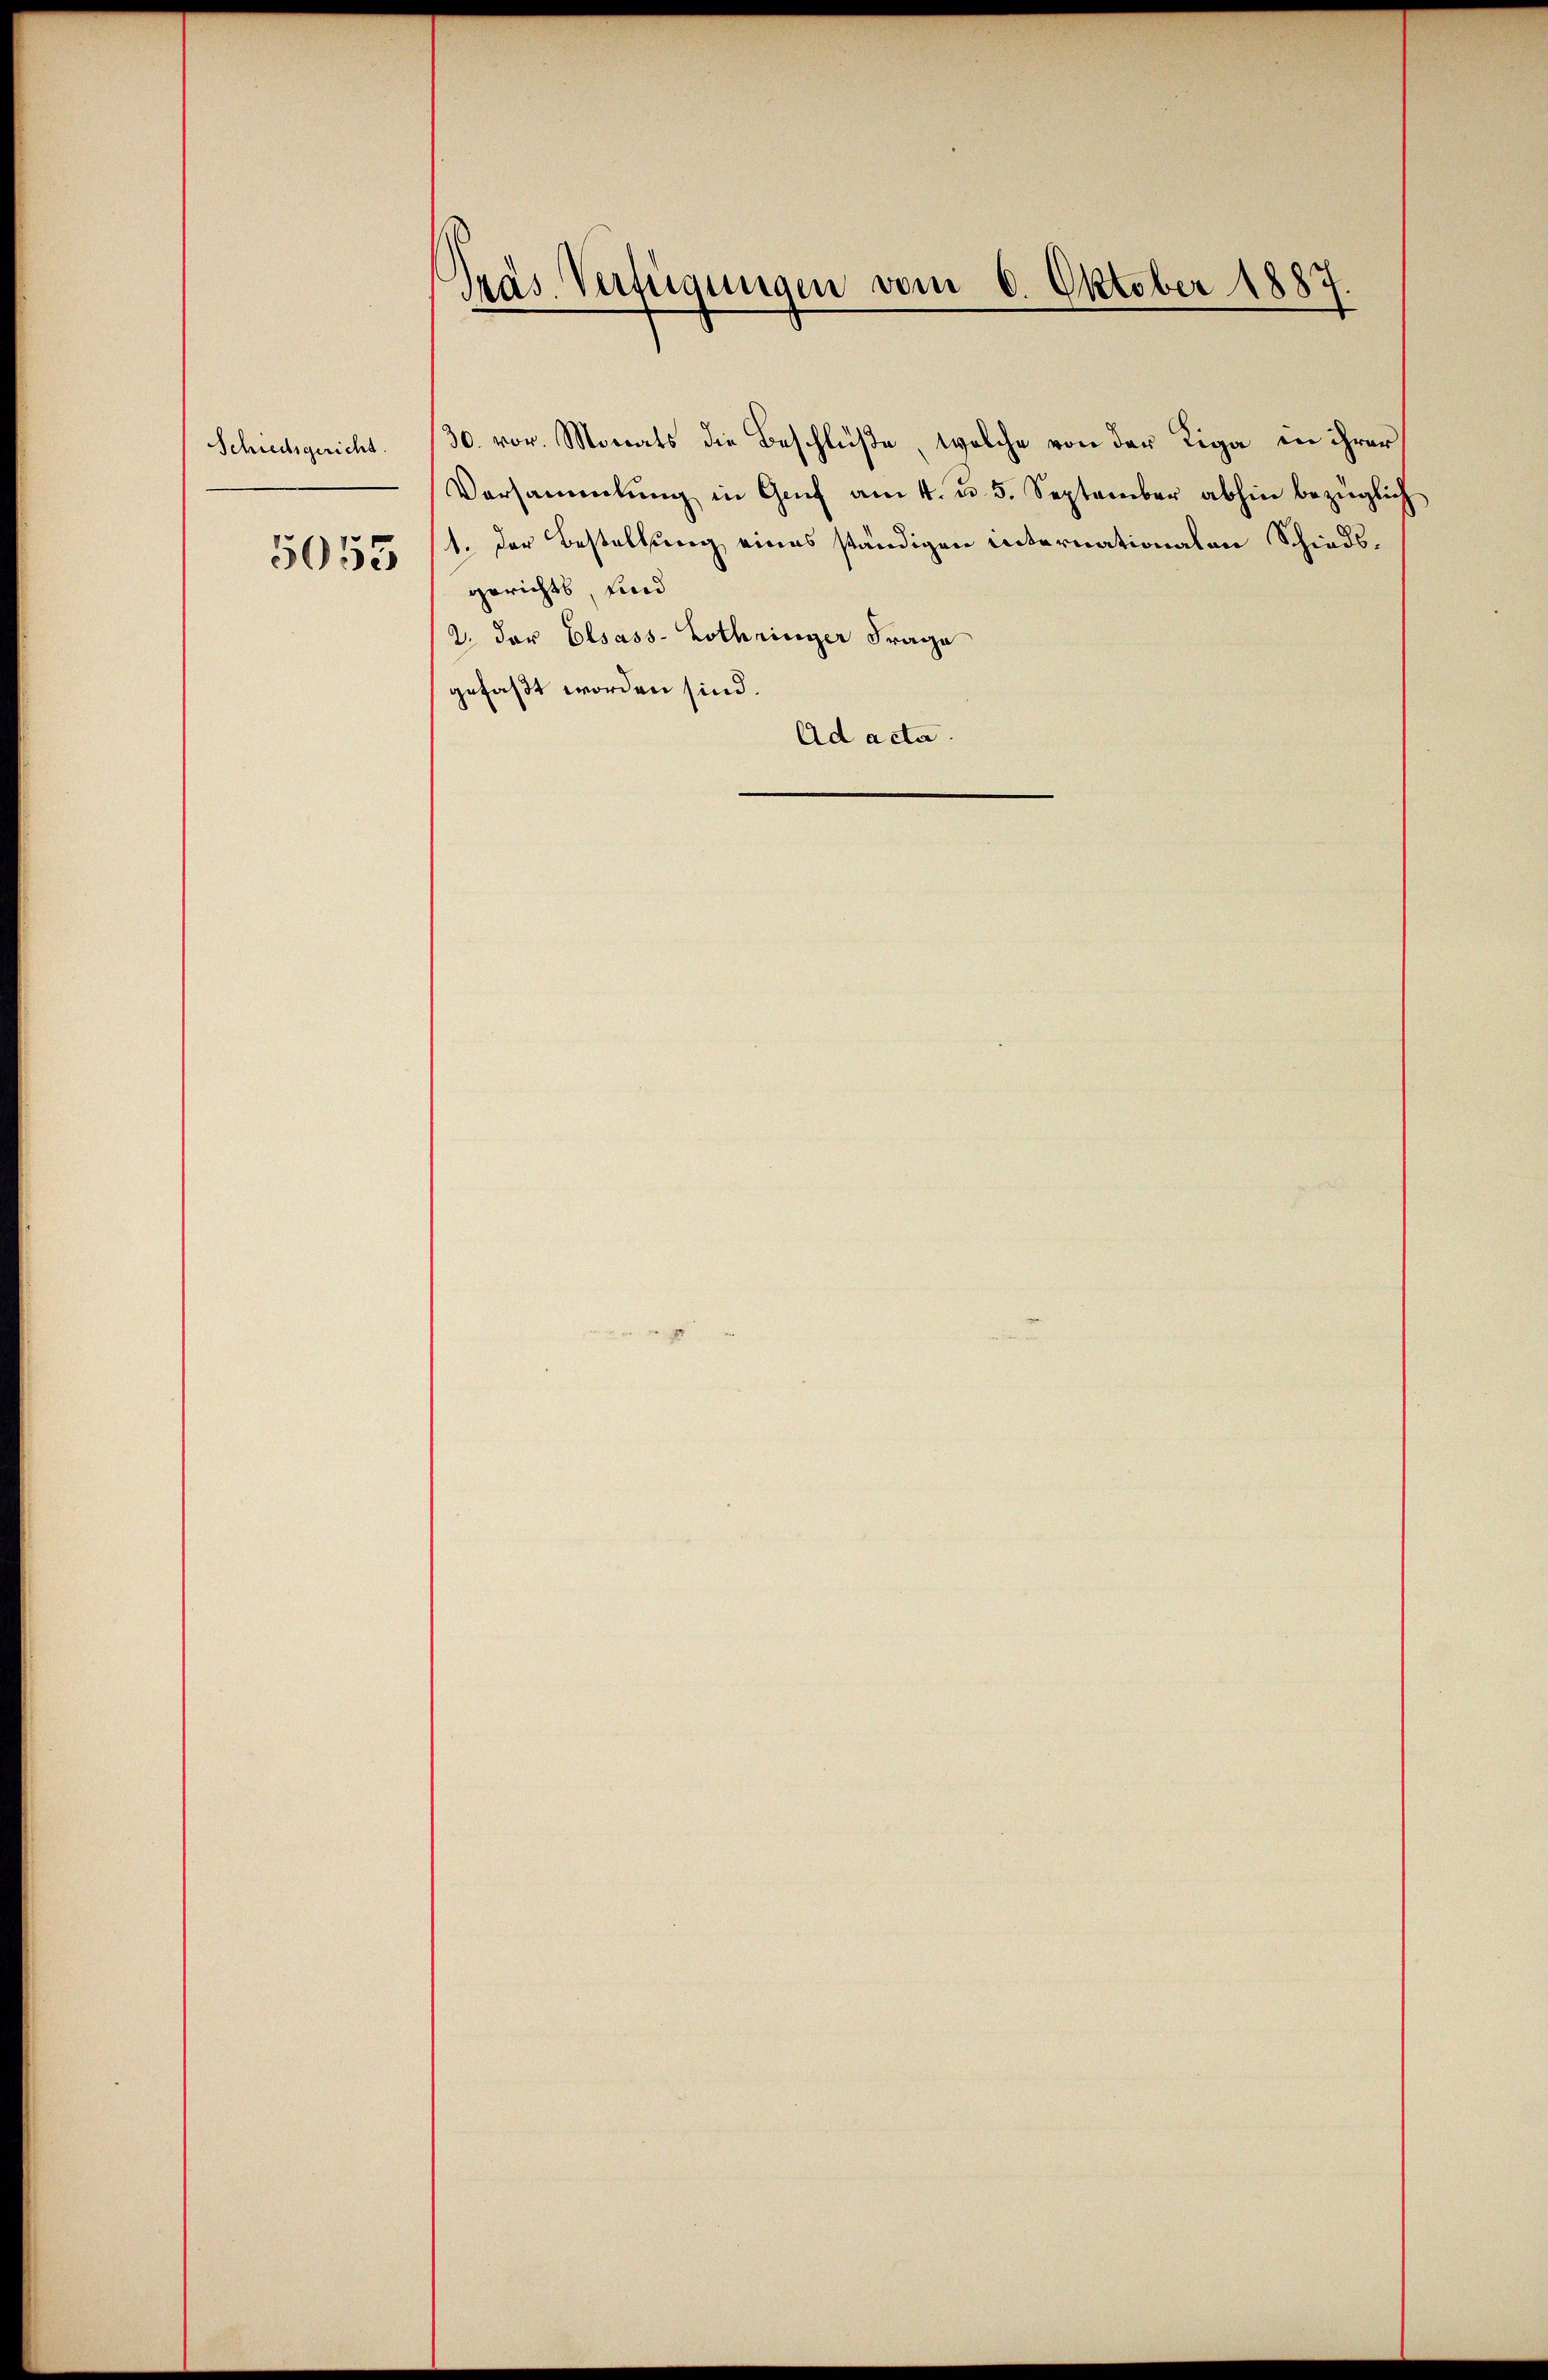
Schiedsgericht.
5053

Präs. Verfügungen vom 6. Oktober 1887.

30. vor. Monats die Beschlüße, welche von der Riga in ihrer
Versammlung in Genf am 4. u. 5. September abhin bezüglich
1. Der Bestaltung eines ständigen internationalen Schiedsgerichts, sind
2. der Elsass-Lothringer Frage
gefaßt worden sind.
Ad acta.